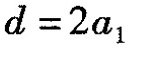
$$d = 2 a _ { 1 }$$